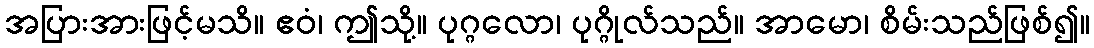
အပြားအားဖြင့်မသိ။ ဧဝံ၊ ဤသို့။ ပုဂ္ဂလော၊ ပုဂ္ဂိုလ်သည်။ အာမော၊ စိမ်းသည်ဖြစ်၍။